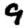
Digit: 9